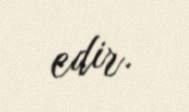
edir.